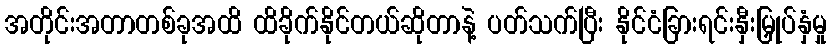
အတိုင်းအတာတစ်ခုအထိ ထိခိုက်နိုင်တယ်ဆိုတာနဲ့ ပတ်သက်ပြီး နိုင်ငံခြားရင်းနှီးမြှုပ်နှံမှု